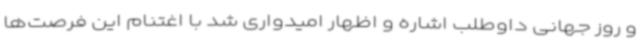
و روز جهانی داوطلب اشاره و اظهار امیدواری شد با اغتنام این فرصت‌ها